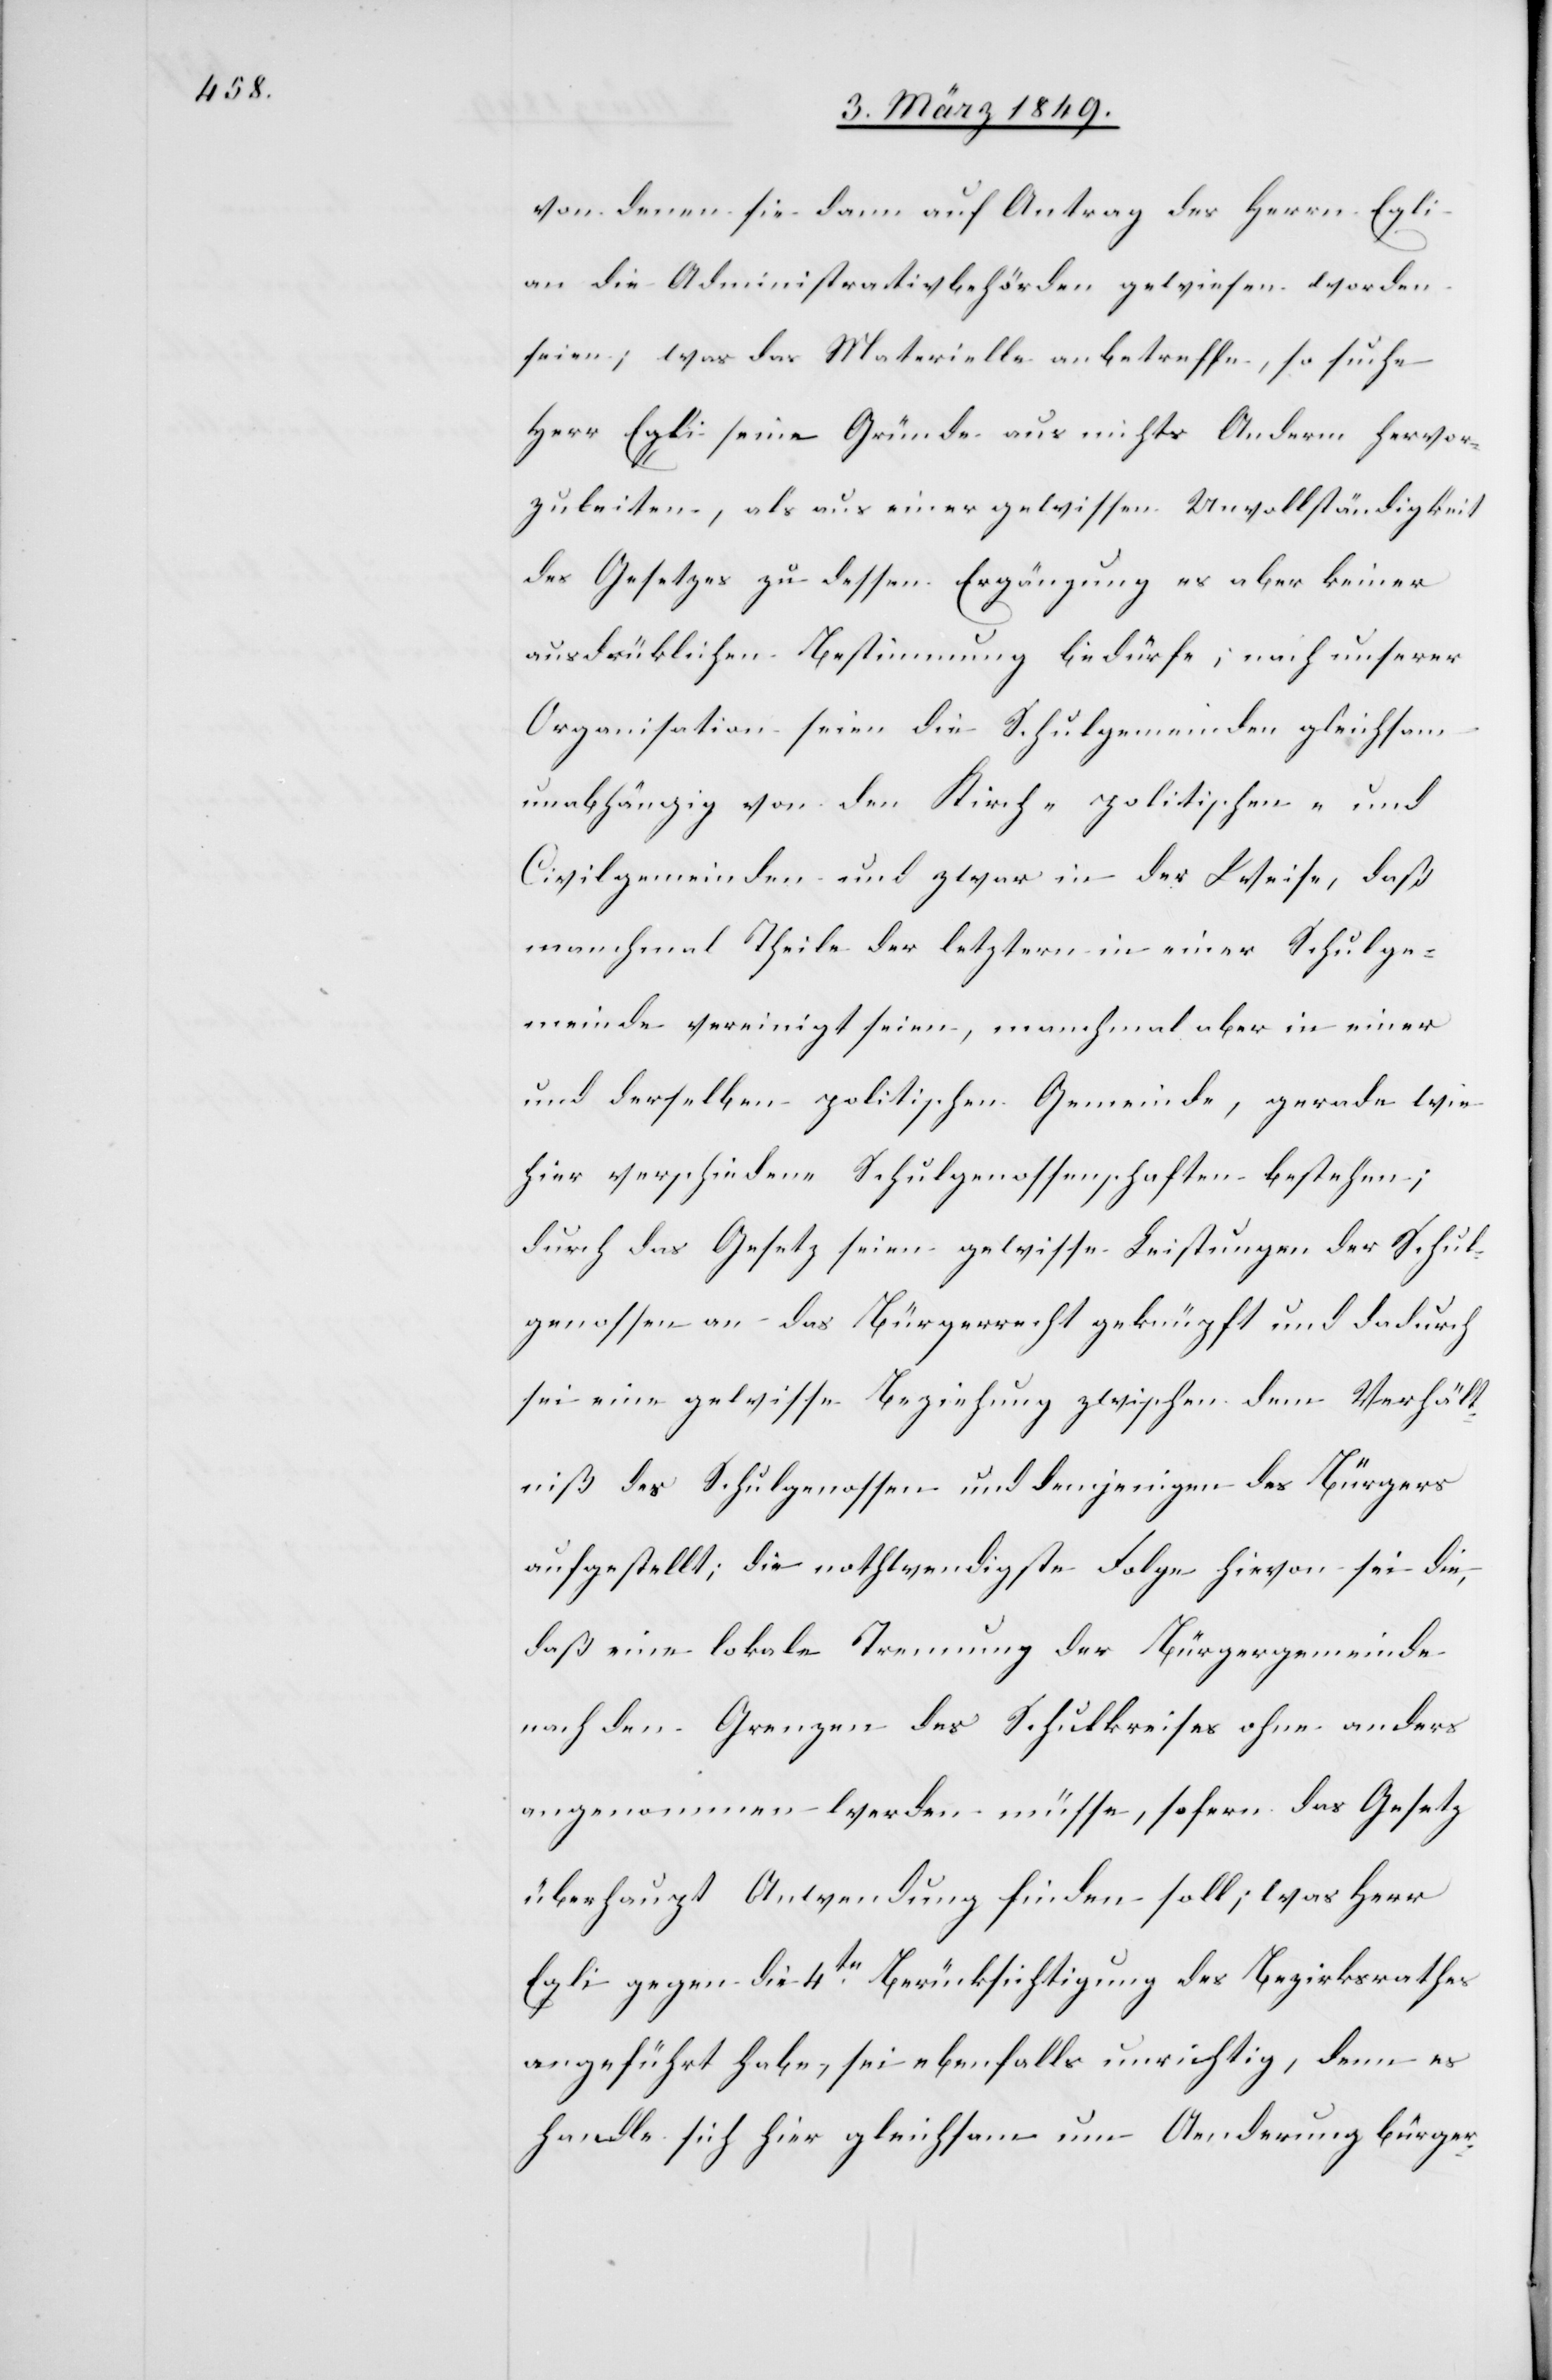
von denen sie dann auf Antrag des Herrn Egli
an die Administrativbehörde gewiesen worden
seien; was das Materielle anbetreffe, so suche
Herr Egli seine Gründe aus nichts Anderm hervor¬
zuleiten, als aus einer gewissen Unvollständigkeit
des Gesetzes zu dessen Ergänzung es aber keiner
ausdrüklichen Bestimmung bedürfe; nach unserer
Organisation seien die Schulgemeinden gleichsam
unabhängig von den Kirch- [,] politischen- und
Civilgemeinden und zwar in der Weise, daß
manchmal Theile der letztern in einer Schulge¬
meinde vereinigt seien, manchmal aber in einer
und derselben politischen Gemeinde, gerade wie
hier verschiedene Schulgenossenschaften bestehen;
durch das Gesetz seien gewisse Leistungen der Schul¬
genossen an das Bürgerrecht geknüpft und dadurch
sei eine gewisse Beziehung zwischen dem Verhält¬
niß des Schulgenossen und demjenigen des Bürgers
aufgestellt; die nothwendigste Folge hievon sei die,
daß eine lokale Trennung der Bürgergemeinde
nach den Grenzen des Schulkreises ohne anders
angenommen werden müsse, sofern das Gesetz
überhaupt Anwendung finden soll; was Herr
Egli gegen die 4te. Berücksichtigung des Bezirksrathes
angeführt habe, sei ebenfalls unrichtig, denn es
handle sich hier gleichsam um Aenderung bürger-